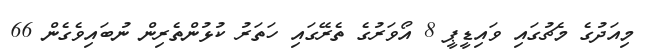
މިއަދުގެ މެޗުގައި ވައިޑީޕީ 8 އޯވަރުގެ ތެރޭގައި ހަތަރު ކުޅުންތެރިން ނުބައިވެގެން 66